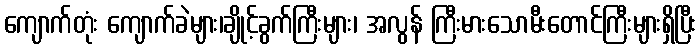
ကျောက်တုံး ကျောက်ခဲများ၊ချိုင့်ခွက်ကြီးများ၊ အလွန် ကြီးမားသောမီးတောင်ကြီးများရှိပြီး